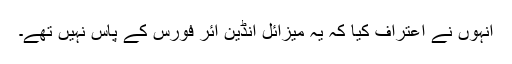
انہوں نے اعتراف کیا کہ یہ میزائل انڈین ائر فورس کے پاس نہیں تھے۔